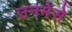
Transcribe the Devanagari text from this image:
उनमेसे